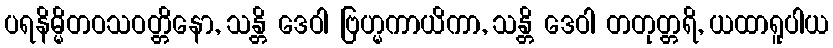
ပရနိမ္မိတဝသဝတ္တိနော, သန္တိ ဒေဝါ ဗြဟ္မကာယိကာ, သန္တိ ဒေဝါ တတုတ္တရိ, ယထာရူပါယ